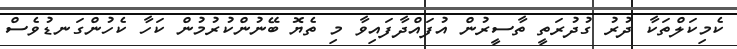
ކެމިކަލްތަކާ ދުރު ގުދުރަތީ ތާސީރުން އުފައްދާފައިވާ މި ތެޔޮ ބޭނުންކުރުމުން ކަހާ ކެހުންގަނޑުވެސް